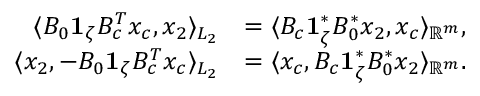
\begin{array} { r l } { \langle B _ { 0 } \mathbf { 1 } _ { \zeta } B _ { c } ^ { T } x _ { c } , x _ { 2 } \rangle _ { L _ { 2 } } } & { = \langle B _ { c } \mathbf { 1 } _ { \zeta } ^ { * } B _ { 0 } ^ { * } x _ { 2 } , x _ { c } \rangle _ { \mathbb { R } ^ { m } } , } \\ { \langle x _ { 2 } , - B _ { 0 } \mathbf { 1 } _ { \zeta } B _ { c } ^ { T } x _ { c } \rangle _ { L _ { 2 } } } & { = \langle x _ { c } , B _ { c } \mathbf { 1 } _ { \zeta } ^ { * } B _ { 0 } ^ { * } x _ { 2 } \rangle _ { \mathbb { R } ^ { m } } . } \end{array}